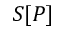
S [ P ]